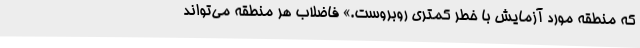
که منطقه مورد آزمایش با خطر کمتری روبروست.» فاضلاب هر منطقه می‌تواند